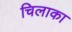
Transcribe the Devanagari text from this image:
चिलाका